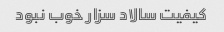
کیفیت سالاد سزار خوب نبود